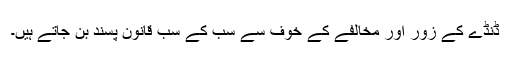
ڈنڈے کے زور اور مخالفے کے خوف سے سب کے سب قانون پسند بن جاتے ہیں۔